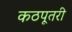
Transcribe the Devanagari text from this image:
कठपूतरी